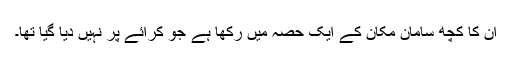
ان کا کچھ سامان مکان کے ایک حصہ میں رکھا ہے جو کرائے پر نہیں دیا گیا تھا۔